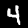
Digit: 4